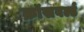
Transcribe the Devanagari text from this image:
क्रॉसवर्ल्ड